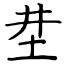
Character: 坓